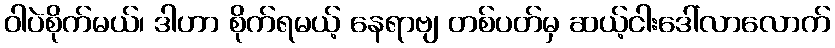
ဝါပဲစိုက်မယ်၊ ဒါဟာ စိုက်ရမယ့် နေရာဗျ တစ်ပတ်မှ ဆယ့်ငါးဒေါ်လာလောက်